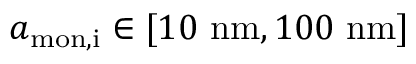
{ a _ { \mathrm { m o n , i } } \in [ 1 0 \ \mathrm { n m } , 1 0 0 \ \mathrm { n m } ] }